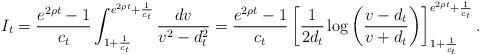
LaTeX: \begin{align*}I_t & = \frac{e^{2\rho t}-1}{c_t}\int_{1+\frac{1}{c_t}}^{e^{2\rho t}+\frac{1}{c_t}} \frac{dv}{v^2-d_t^2} =\frac{e^{2\rho t}-1}{c_t} \left[ \frac{1}{2d_t}\log \left( \frac{v-d_t}{v+d_t}\right) \right]_{1+\frac{1}{c_t}}^{e^{2\rho t}+\frac{1}{c_t}} .\end{align*}